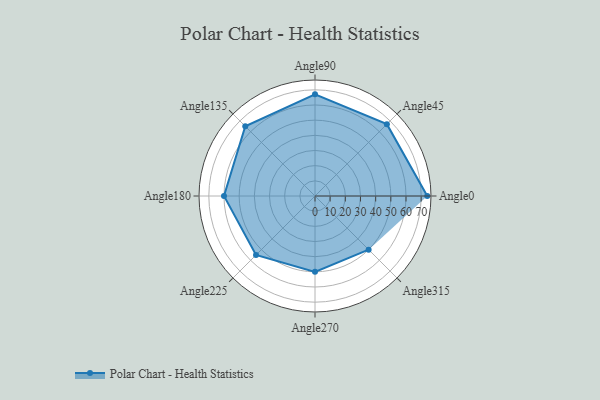
{"axis": {"x": "Angle", "y": "Radius"}, "legend": [""], "data": [{"x": "Angle0", "y": 74.0, "type": ""}, {"x": "Angle45", "y": 67.0, "type": ""}, {"x": "Angle90", "y": 67.0, "type": ""}, {"x": "Angle135", "y": 65.0, "type": ""}, {"x": "Angle180", "y": 60.0, "type": ""}, {"x": "Angle225", "y": 55.0, "type": ""}, {"x": "Angle270", "y": 50, "type": ""}, {"x": "Angle315", "y": 50, "type": ""}]}